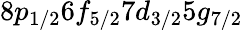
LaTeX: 8p_{1/2}6f_{5/2}7d_{3/2}5g_{7/2}